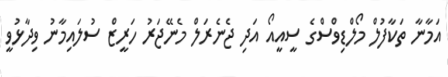
އަމާނާ ތަކާފުލް މޯލްޑިވްސްގެ ސީއީއޯ އަދި ޖެނެރަލް މެނޭޖަރު ހަރީޒް ސުލައިމާނު ވިދާޅުވީ